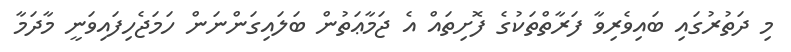
މި ދަތުރުގައި ބައިވެރިވާ ފަރާތްތަކުގެ ފޮށިތައް އެ ޖަމާާޢަތުން ބަލައިގަންނަން ހަމަޖެހިފައިވަނީ މާދަމާ